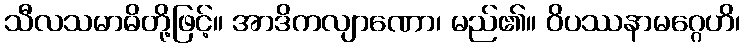
သီလသမာဓိတို့ဖြင့်။ အာဒိကလျာဏော၊ မည်၏။ ဝိပဿနာမဂ္ဂေဟိ၊